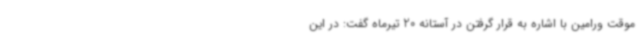
موقت ورامین با اشاره به قرار گرفتن در آستانه 20 تیرماه گفت: در این